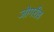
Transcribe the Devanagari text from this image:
जोगरीब